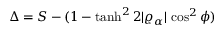
\Delta = S - ( 1 - \operatorname { t a n h } ^ { 2 } 2 \vert \varrho _ { \alpha } \vert \, \cos ^ { 2 } \phi )